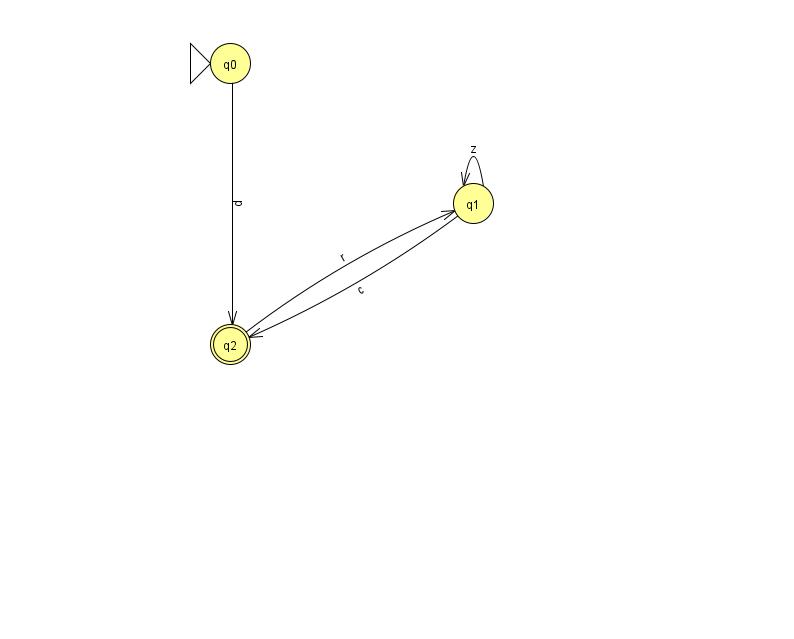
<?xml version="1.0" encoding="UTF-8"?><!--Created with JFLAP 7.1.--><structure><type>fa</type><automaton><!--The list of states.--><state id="0" name="q0"><x>230.0</x><y>50.0</y><initial/></state><state id="1" name="q1"><x>473.0</x><y>190.0</y></state><state id="2" name="q2"><x>230.0</x><y>331.0</y><final/></state><!--The list of transitions.--><transition><from>0</from><to>2</to><read>p</read></transition><transition><from>1</from><to>1</to><read>z</read></transition><transition><from>2</from><to>1</to><read>r</read></transition><transition><from>1</from><to>2</to><read>c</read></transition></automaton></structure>